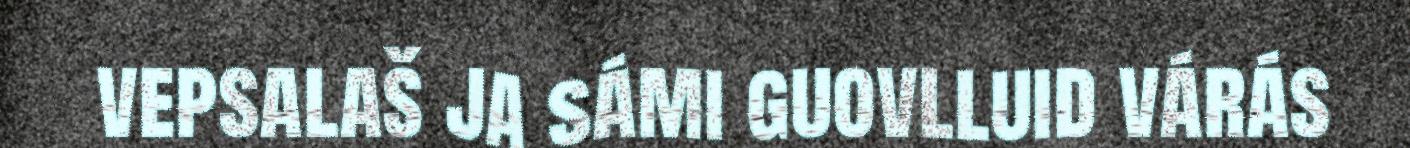
vepsalaš ja sámi guovlluid várás